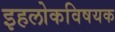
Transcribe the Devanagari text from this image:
इहलोकविषयक